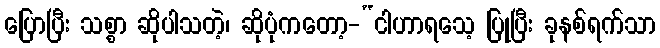
ပြောပြီး သစ္စာ ဆိုပါသတဲ့၊ ဆိုပုံကတော့-“ငါဟာရသေ့ ပြုပြီး ခုနစ်ရက်သာ